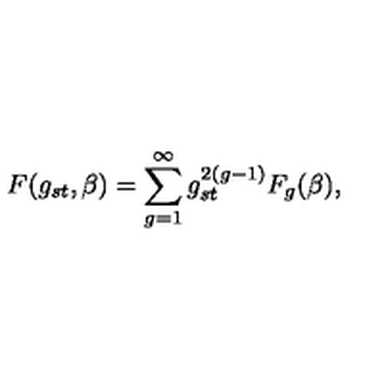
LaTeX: F ( g _ { s t } , \beta ) = \sum _ { g = 1 } ^ { \infty } g _ { s t } ^ { 2 ( g - 1 ) } F _ { g } ( \beta ) ,